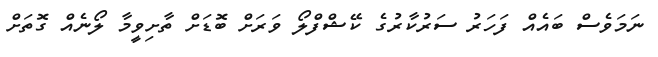
ނަމަވެސް ބައެއް ފަހަރު ސަރުކާރުގެ ކޭޝްފްލޯ ވަރަށް ބޮޑަށް ތާށިވީމާ ލޯނެއް ގޮތަށް